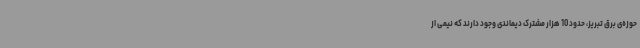
حوزه‌ی برق تبریز، حدود 10 هزار مشترک دیماندی وجود دارند که نیمی از